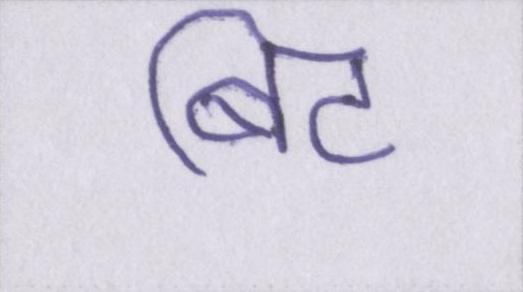
बिट